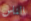
الناس